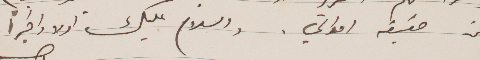
عن حقيقة احوالي. والسلام عليك اولًا واخيرًا